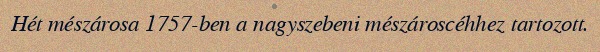
Hét mészárosa 1757-ben a nagyszebeni mészároscéhhez tartozott.